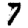
Digit: 7